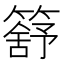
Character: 𥳕